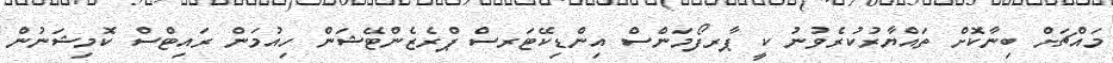
މައްޗަށް ބިނާކޮށް ތައްޔާރުކުރެވުނު ކީ ޕާރފޯމަންސް އިންޑިކޭޓަރސް ޕްރެޒެންޓޭޝަން ހިއުމަން ރައިޓްސް ކޮމިޝަނުން